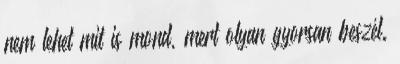
nem lehet mit is mond, mert olyan gyorsan beszél.